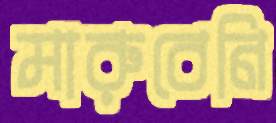
মারুবেনি